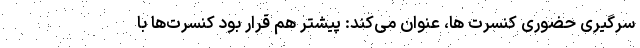
سرگیری حضوری کنسرت ها، عنوان می‌کند: پیشتر هم قرار بود کنسرت‌ها با